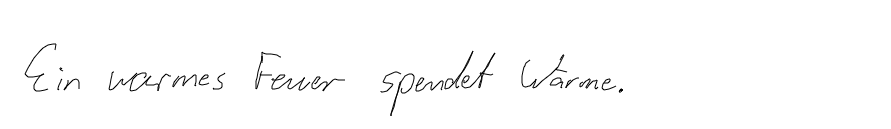
Ein warmes Feuer spendet Wärme.